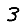
Digit: 3